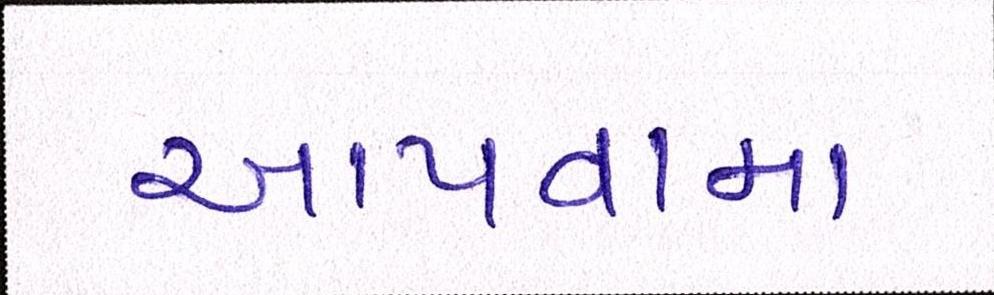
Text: આપવામા